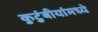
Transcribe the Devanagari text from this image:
कुटुंबीयांमध्ये